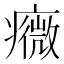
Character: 癓